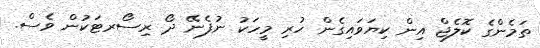
ތަމެންގެ ކޮލެޖް އިން ކިޔަވައިގެން ހުރި މީހަކު ނުފެނޭ ދޯ ރިސޯރޓަކުން ވެސް.